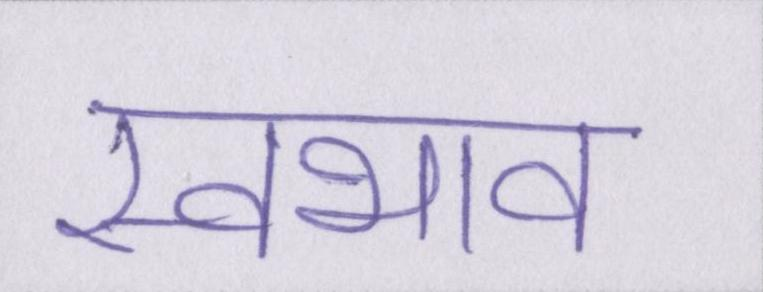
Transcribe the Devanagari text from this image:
स्वभाव